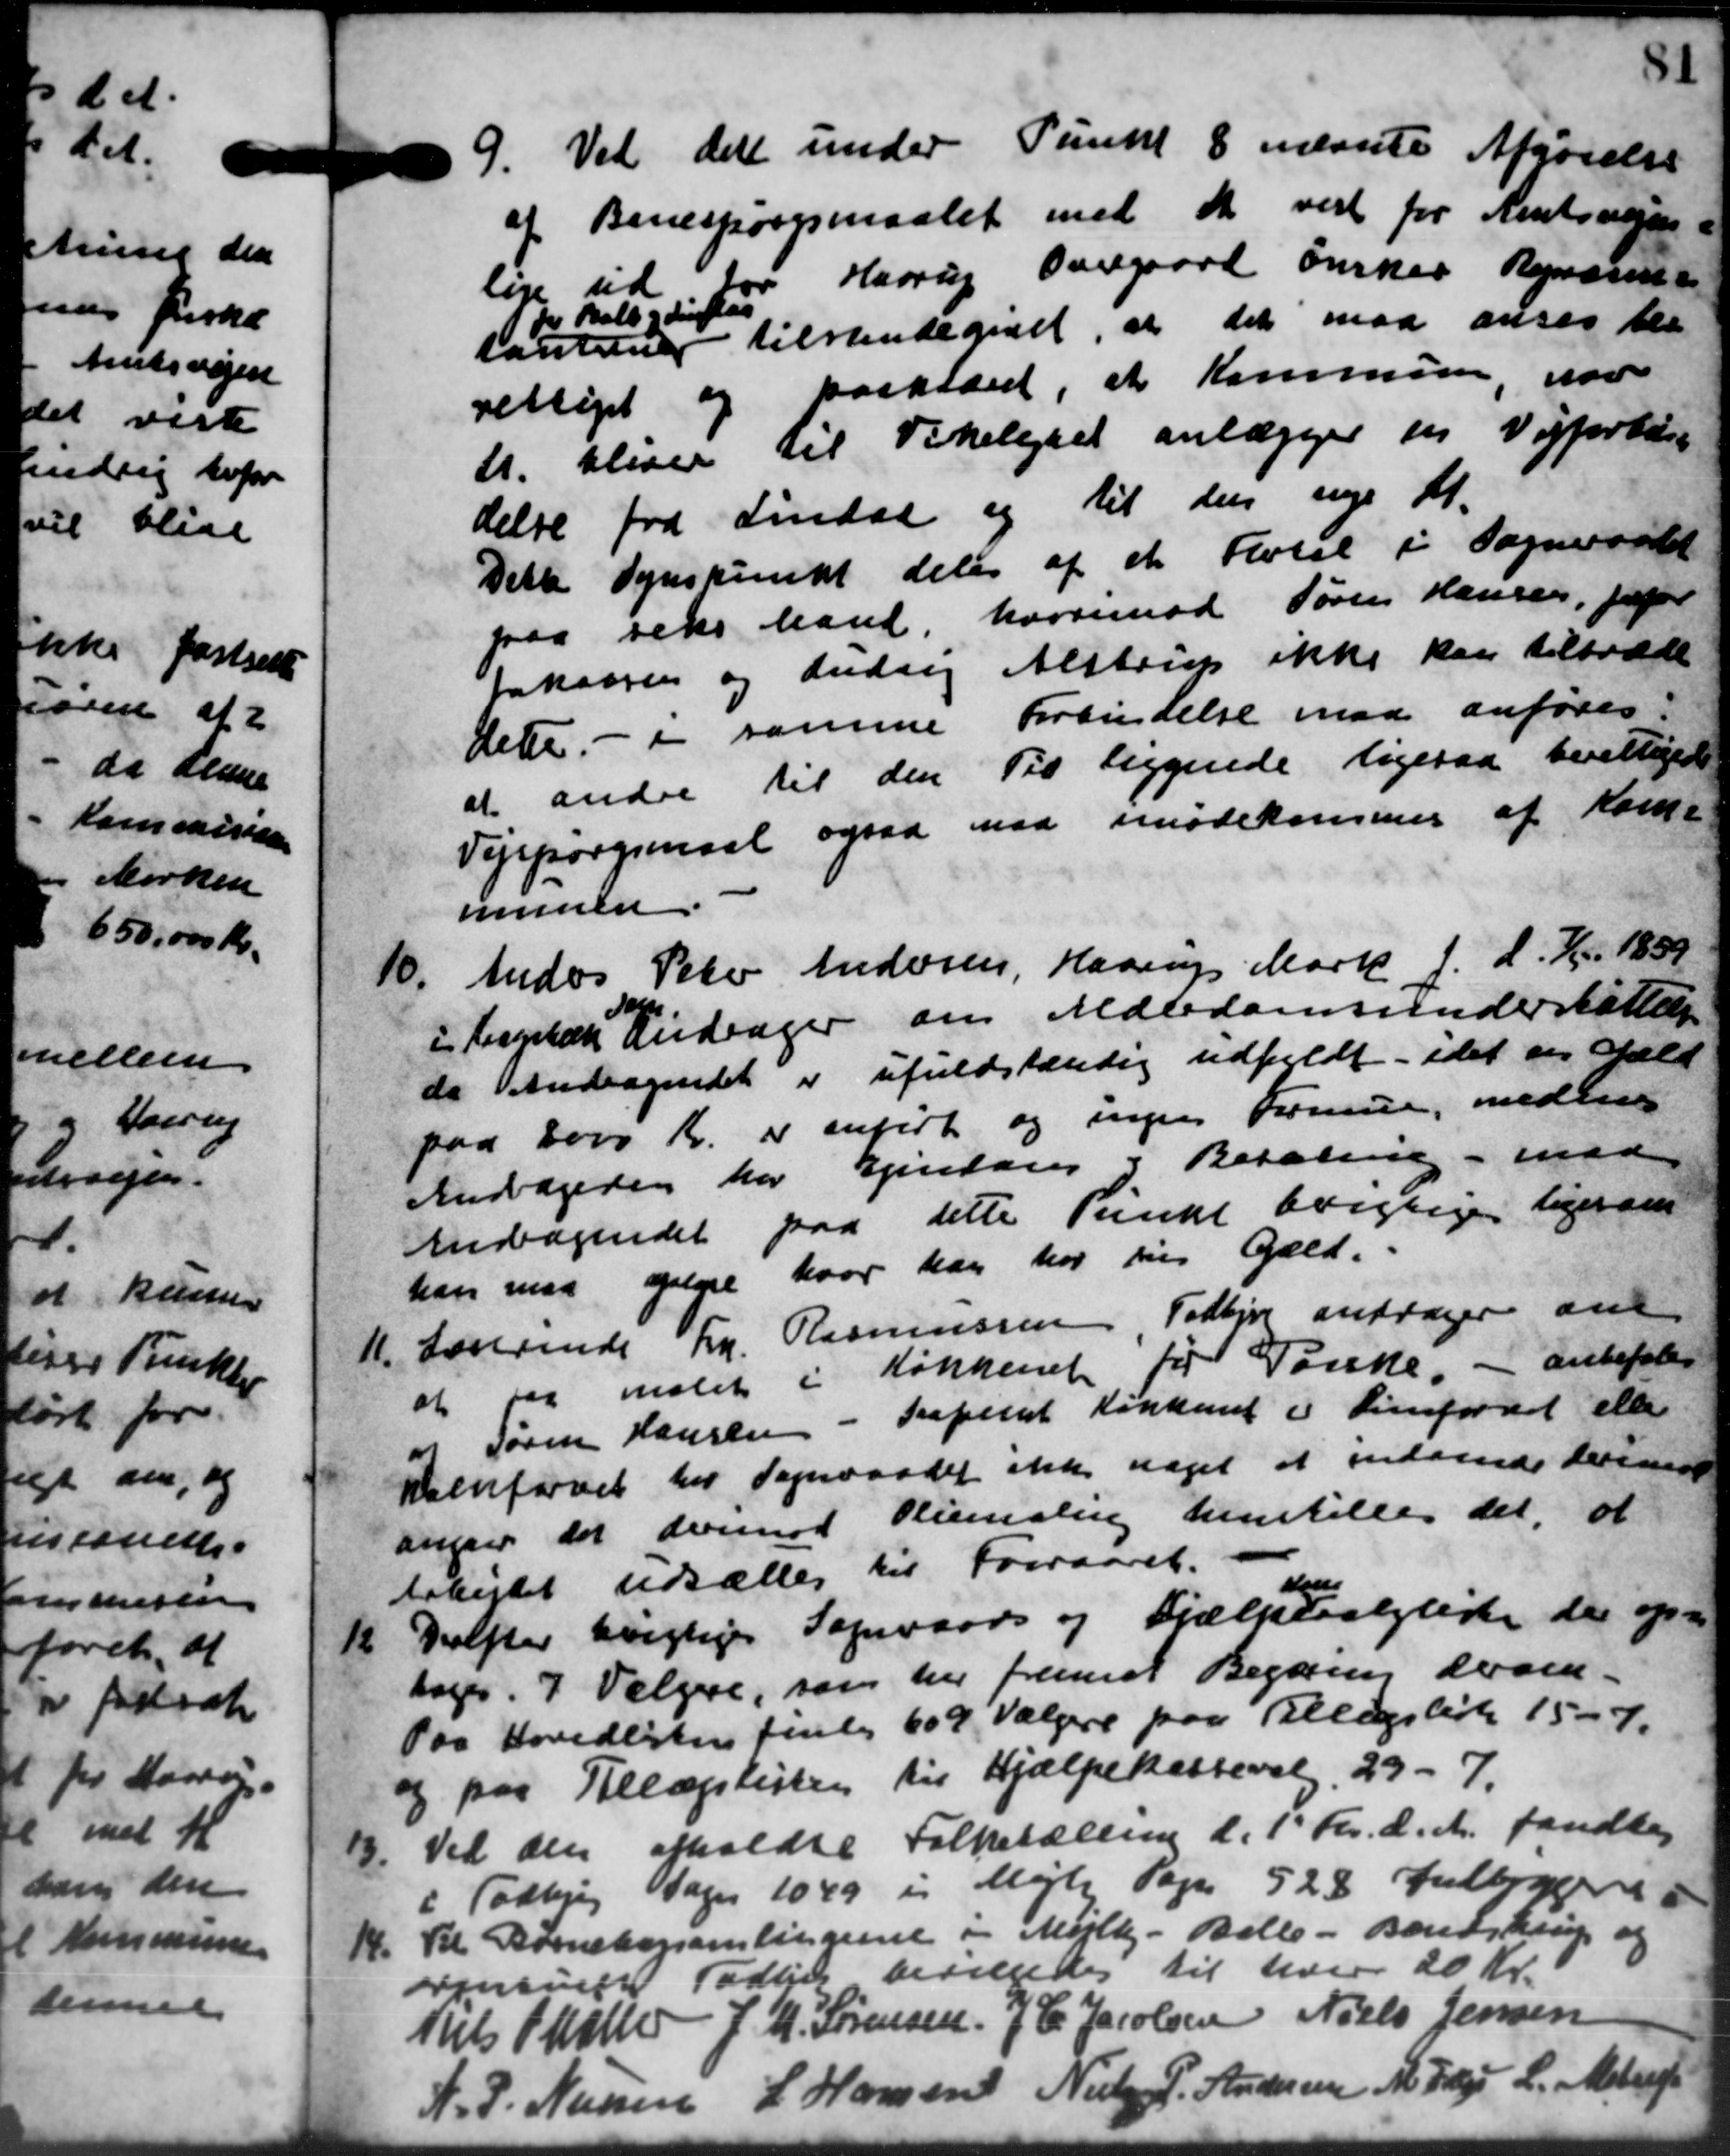
Transskription:
9. Ved det under Punkt 8 nævnte Afgørelse
9. Ved det under Punkt 8 nævnte Afgørelse
af Banespørgsmaalet med de vest for Amtsvejen
lige ud for Haarup Overgaard ønsker Repræsen
tantiner tilstende givet, at det maa anses ble
de Balby denglas
rettiget og forklare, at Kommune for
st. bliver til Vikelgaet anlægges en Vejforbun
delse fra Lindaa og til den nye Kl.
Dette Synspunkt deles af et Protel i Sogneraadet
paa seks Mand hvorimod Søren Hansen, fotor
takassen og Andrag Alstrup ikke kan tiltræde
dette - i samme Forbindelse maa anføres.
at andre til den Til liggende ligesaa berettigede
Vejspørgsmaal ogsaa maa imødekommer af Kom-
munen
10.
Anders Peter Andersen, Haarup Mark f. d. Kr. 1839
i bagebæk Andrager om Alderdomsunderstøttelse
1a
do Andragendet er ufuldstændig udfyldt - idet en Gæld
paa 2000 Kr. er anført og ingen Formue, medler
Andageden har tjentang i Betaling - med
Andragendet paa dette Punkt borgsige ligesom
han maa oplyse hvor han har til Gæld.
11. Lærerinde Frk. Rasmussen, Todbjerg andrager om
11. Lærerinde Frk. Rasmussen, Todbjerg andrager om
at paa malet i Køkkenet for Tønske. - anbefales
a Søren Hansen - Graferet Kirkent i Limfordet eller
naenforvet hos Sogneraadet ikke noget at indsende derinde
angaar det derimod Fliemaling henstilles det, at
Arbejdet udsættes til Forsaaret.
vegen
12
Delfter rigtiges Sogeraads og Hjælpevalglister der op-
toges. 7 Vælgere, som her fremset Begæring derom-
Paa Hovedlisten finde 609 Vælgere paa Tillægslist 15 - 7.
og paa Tillægslisten til Hjælpekassevalg. 29 - 7.
13.
Ved den afholdte Folketælling d. 1' Kr. d. A. fandtes
i Todbjerg Sager 1049 i Mejlby Sogn 528 Julboggere
14. Til Børnebogsamlingerne i Mejlby - Balle - Bendstrup og
14. Til Børnebogsamlingerne i Mejlby - Balle - Bendstrup og
oensen Todbjer bevilgedes til hver 20 Kr.
Niels P Møller J. M. Sørensen, J. C. Jacobsen Niels Jensen
N. P. Nielsen L Hansen Niels P. Andersen M. Fedege L. Alstrup